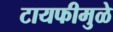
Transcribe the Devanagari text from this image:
टायफीमुळे